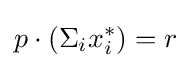
p\cdot (\Sigma _{i}x_{i}^{*})=r